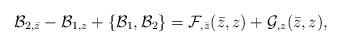
LaTeX: \begin{align*}{\cal B}_{2,\bar z} - {\cal B}_{1,z} + \{ {\cal B}_1,{\cal B}_2 \} ={\cal F}_{,\bar z}(\bar z,z) + {\cal G}_{,z} (\bar z,z),\end{align*}